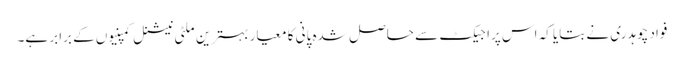
فواد چوہدری نے بتایا کہ اس پراجیکٹ سے حاصل شدہ پانی کا معیار بہترین ملٹی نیشنل کمپنیوں کے برابر ہے۔